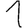
Digit: 1